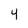
Character: 4